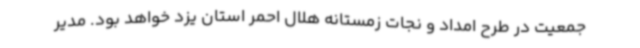
جمعیت در طرح امداد و نجات زمستانه هلال احمر استان یزد خواهد بود. مدیر